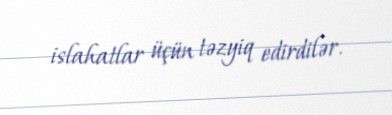
islahatlar üçün təzyiq edirdilər.